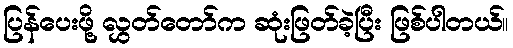
ပြန်ပေးဖို့ လွှတ်တော်က ဆုံးဖြတ်ခဲ့ပြီး ဖြစ်ပါတယ်။